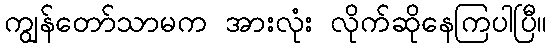
ကျွန်တော်သာမက အားလုံး လိုက်ဆိုနေကြပါပြီ။